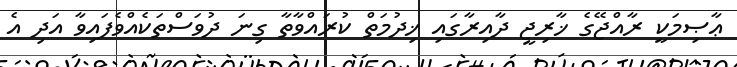
ޢާޞިމަކީ ރާއްޖޭގެ ޚާރިޖީ ދާއިރާގައި ޚިދުމަތް ކުރައްވާތާ ގިނަ ދުވަސްތަކެއްވެފައިވާ އަދި އެ